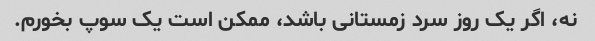
نه، اگر یک روز سرد زمستانی باشد، ممکن است یک سوپ بخورم.